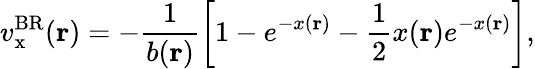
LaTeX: v_{\mathrm{x}}^{\mathrm{BR}}(\mathbf{r})=-\frac{1}{b(\mathbf{r})}\left[1-e^{-x(\mathbf{r})}-\frac{1}{2}x(\mathbf{r})e^{-x(\mathbf{r})}\right],